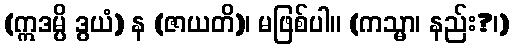
(ဣဒမ္ပိ ဒွယံ) န (ဇာယတိ)၊ မဖြစ်ပါ။ (ကသ္မာ၊ နည်း?၊)